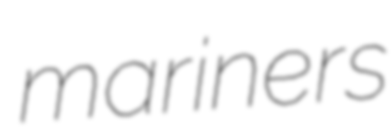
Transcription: mariners